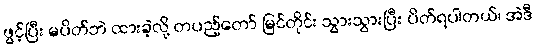
ဖွင့်ပြီး မပိတ်ဘဲ ထားခဲ့လို့ တပည့်တော် မြင်တိုင်း သွားသွားပြီး ပိတ်ရပါတယ်၊ အဲဒီ